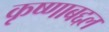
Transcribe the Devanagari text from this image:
कृष्णाबद्दल